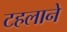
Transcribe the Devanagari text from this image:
टहलाने